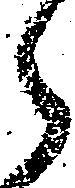
々